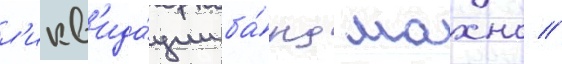
л'икв'ида́ции ба́нд махно //